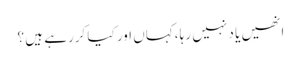
انھیں یا د نہیں رہا ،کہاں اور کیا کررہے ہیں ؟